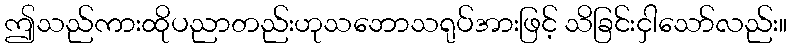
ဤသည်ကားထိုပညာတည်းဟုသဘောသရုပ်အားဖြင့် သိခြင်းငှါသော်လည်း။